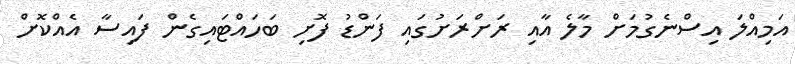
އަމިއްލަ އިސްނެގުމަށް މާލެ އާއި ރަށްރަށުގައި ފަންޑު ފޮށި ބަހައްޓައިގެން ފައިސާ އެއްކޮށް